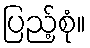
ပြည့်စုံ။